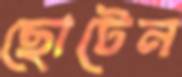
ছোটেন